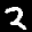
Label: 2